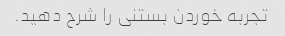
تجربه خوردن بستنی را شرح دهید.